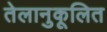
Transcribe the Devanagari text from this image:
तेलानुकूलित